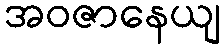
အဝဇာနေယျ